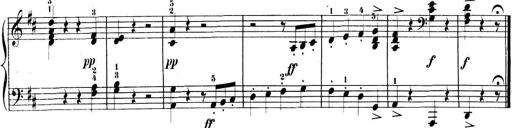
Title: 3 Sonatinen, Op.8
Composer: Isidor Wilhelm Seiss